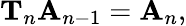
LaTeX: \mathbf{T}_{n}\mathbf{A}_{n-1}=\mathbf{A}_{n},